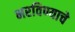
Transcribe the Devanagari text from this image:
भरविण्याचे